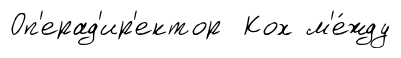
Оп'ерад'ир'ектор Кох м'е́жду